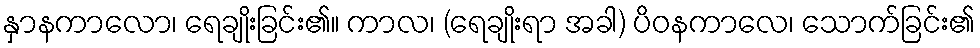
နှာနကာလော၊ ရေချိုးခြင်း၏။ ကာလ၊ (ရေချိုးရာ အခါ) ပိဝနကာလေ၊ သောက်ခြင်း၏